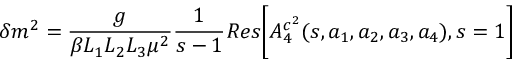
\delta m ^ { 2 } = \frac { g } { \beta L _ { 1 } L _ { 2 } L _ { 3 } \mu ^ { 2 } } \frac { 1 } { s - 1 } R e s \biggl [ A _ { 4 } ^ { c ^ { 2 } } ( s , a _ { 1 } , a _ { 2 } , a _ { 3 } , a _ { 4 } ) , s = 1 \biggr ]